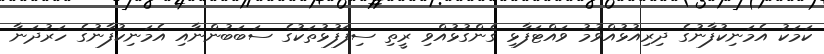
ކަމަކު އެމަނިކުފާނުގެ ދިރިއުޅުއްވުމު ވައްޓަފާޅި ގެންގުޅުއްވި ރީތި ސިފަފުޅުތަކުގެ ސަބަބުންނާއި އެމަނިކުފާނުގެ ހަރުދަނާ